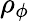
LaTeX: \rho_{\phi}